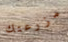
مزرعتك